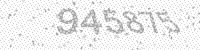
Solution: 945875